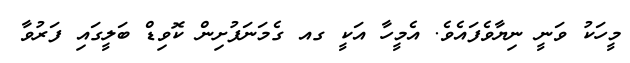
މީހަކު ވަނީ ނިޔާވެފައެވެ. އެމީހާ އަކީ ގއ ގެމަނަފުށިން ކޮވިޑް ބަލީގައި ފަރުވާ